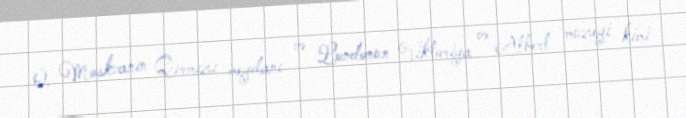
O, Moskvanın Qırmızı meydanı və Londonun Viktoriya və Albert muzeyi kimi